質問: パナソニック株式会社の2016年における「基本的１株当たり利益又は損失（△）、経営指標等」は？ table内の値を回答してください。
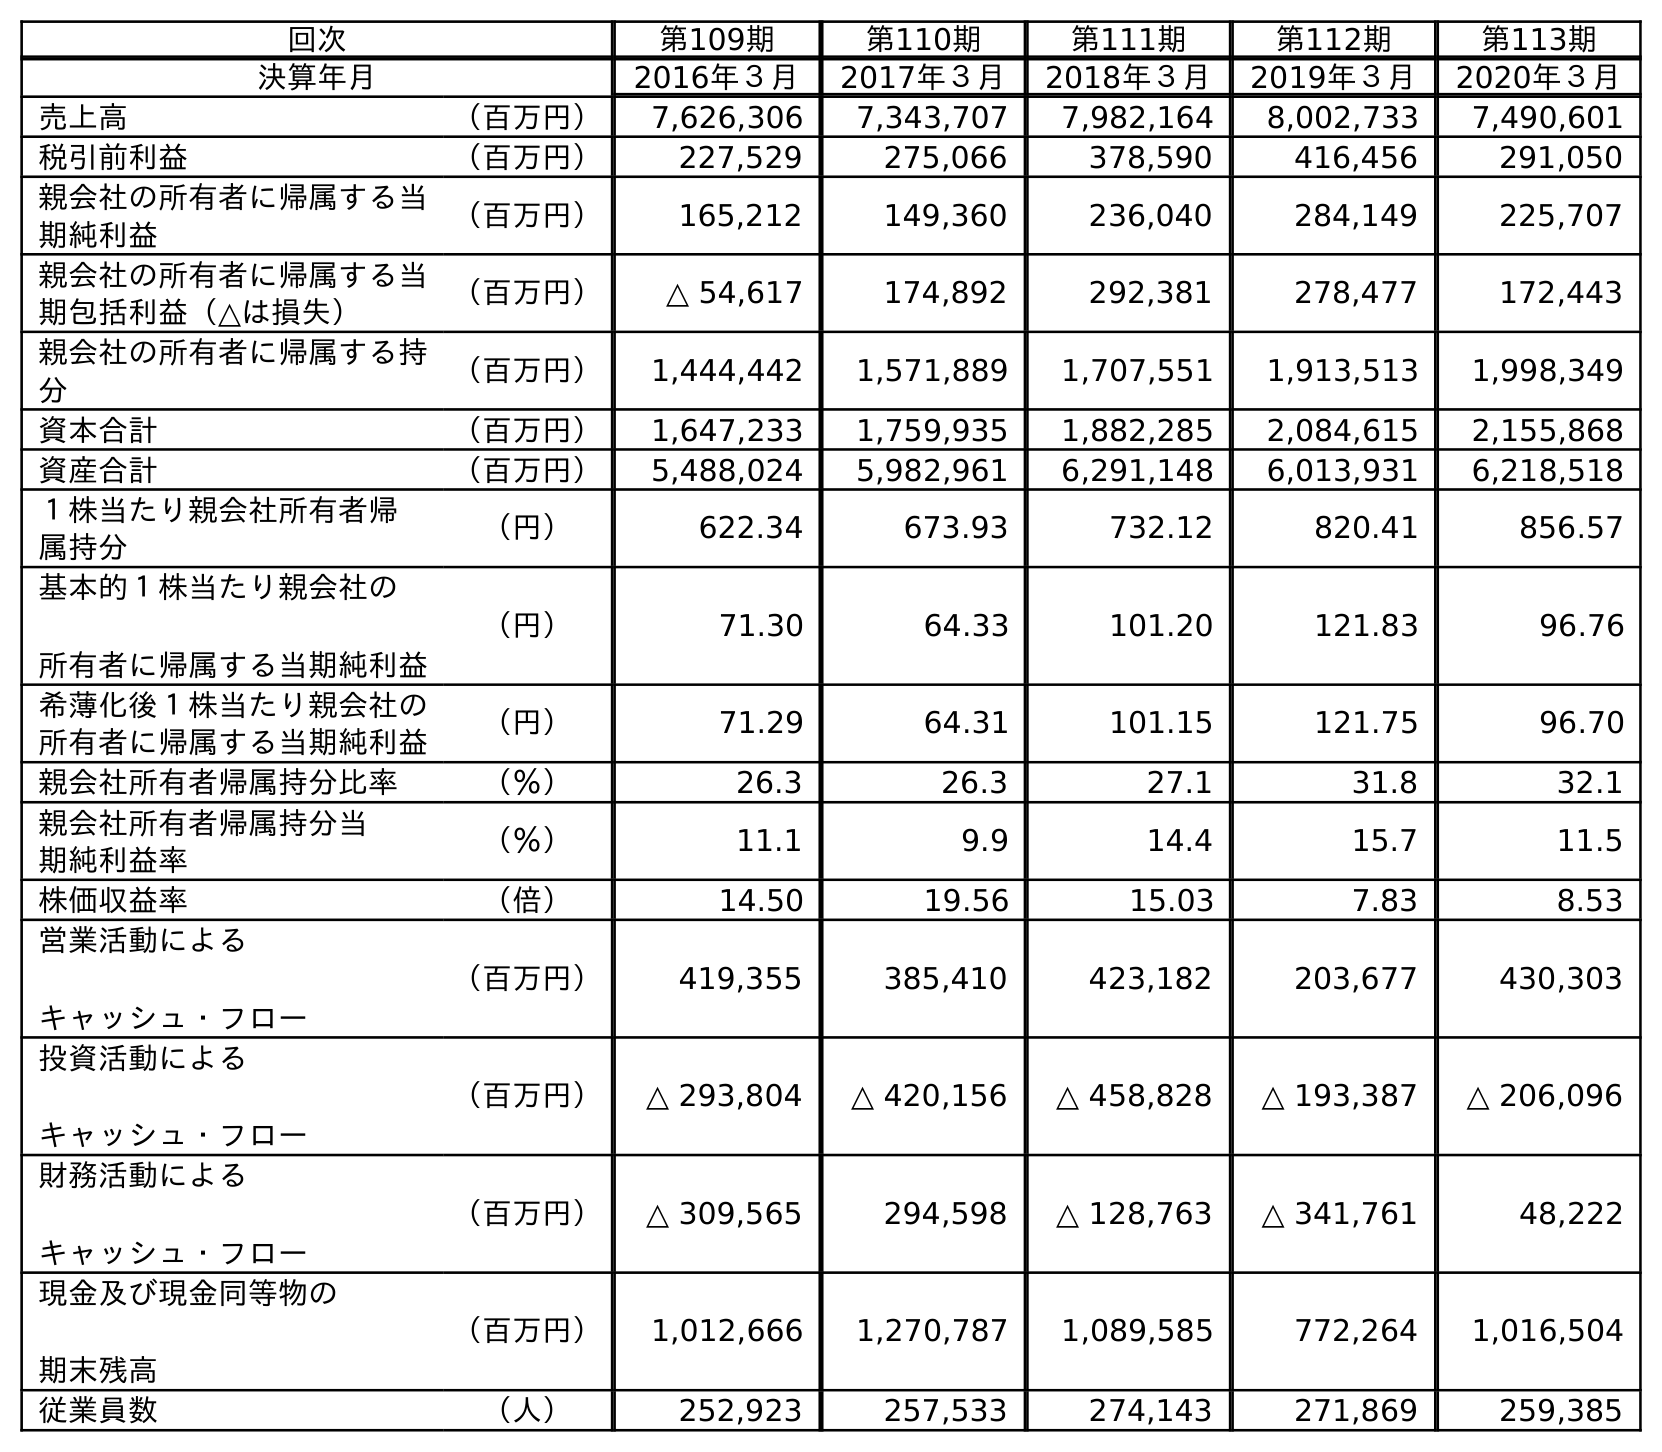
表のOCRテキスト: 回次 第109期 第110期 第111期 第112期 第113期 決算年月 2016年３月 2017年３月 2018年３月 2019年３月 2020年３月 売上高 （百万円） 7,626,306 7,343,707 7,982,164 8,002,733 7,490,601 税引前利益 （百万円） 227,529 275,066 378,590 416,456 291,050 親会社の所有者に帰属する当 期純利益 （百万円） 165,212 149,360 236,040 284,149 225,707 親会社の所有者に帰属する当 期包括利益（△は損失） （百万円） △ 54,617 174,892 292,381 278,477 172,443 親会社の所有者に帰属する持 分 （百万円） 1,444,442 1,571,889 1,707,551 1,913,513 1,998,349 資本合計 （百万円） 1,647,233 1,759,935 1,882,285 2,084,615 2,155,868 資産合計 （百万円） 5,488,024 5,982,961 6,291,148 6,013,931 6,218,518 １株当たり親会社所有者帰 属持分 （円） 622.34 673.93 732.12 820.41 856.57 基本的１株当たり親会社の 所有者に帰属する当期純利益 （円） 71.30 64.33 101.20 121.83 96.76 希薄化後１株当たり親会社の 所有者に帰属する当期純利益 （円） 71.29 64.31 101.15 121.75 96.70 親会社所有者帰属持分比率 （％） 26.3 26.3 27.1 31.8 32.1 親会社所有者帰属持分当 期純利益率 （％） 11.1 9.9 14.4 15.7 11.5 株価収益率 （倍） 14.50 19.56 15.03 7.83 8.53 営業活動による キャッシュ・フロー （百万円） 419,355 385,410 423,182 203,677 430,303 投資活動による キャッシュ・フロー （百万円） △ 293,804 △ 420,156 △ 458,828 △ 193,387 △ 206,096 財務活動による キャッシュ・フロー （百万円） △ 309,565 294,598 △ 128,763 △ 341,761 48,222 現金及び現金同等物の 期末残高 （百万円） 1,012,666 1,270,787 1,089,585 772,264 1,016,504 従業員数 （人） 252,923 257,533 274,143 271,869 259,385
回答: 71.30